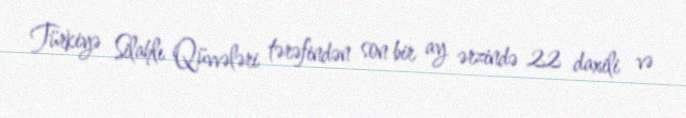
Türkiyə Silahlı Qüvvələri tərəfindən son bir ay ərzində 22 daxili və